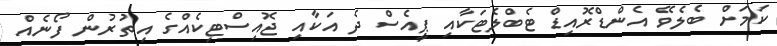
ކަމަށް ބެލެވޭ އެންޑްރޮއިޑް ޓެބްލެޓަކާއި ޕީއެސް ދެ އަކާއި ޖޮއިސްޓިކެއްގެ އިތުރުން ފޯނެއް